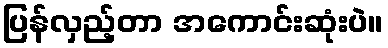
ပြန်လှည့်တာ အကောင်းဆုံးပဲ။